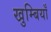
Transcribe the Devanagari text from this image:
खुम्बियाँ